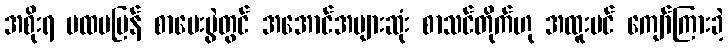
အစိုးရ ပထမပြန် စာမေးပွဲတွင် အအောင်အများဆုံး စာသင်တိုက်ဟု အထူးပင် ကျော်ကြားခဲ့